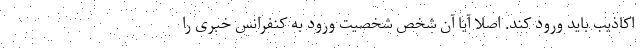
اکاذیب باید ورود کند. اصلا آیا آن شخص شخصیت ورود به کنفرانس خبری را